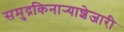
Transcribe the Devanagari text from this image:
समुद्रकिनार्‍याशेजारी